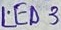
Text: LED3